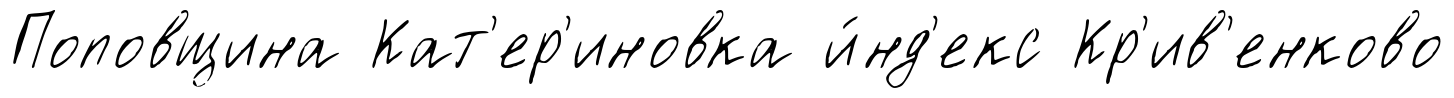
Поповщина Кат'ер'иновка и́нд'екс Кр'ив'енково